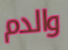
والدم